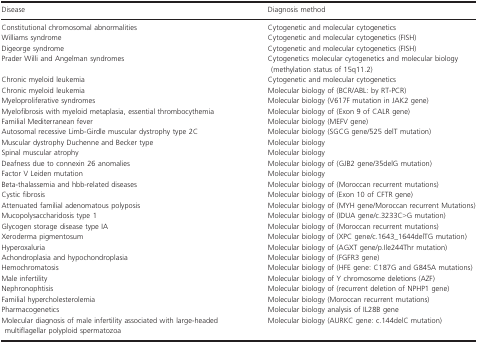
<table><thead><tr><td><b>Disease</b></td><td><b>Diagnosis method</b></td></tr></thead><tbody><tr><td>Constitutional chromosomal abnormalities</td><td>Cytogenetic and molecular cytogenetics</td></tr><tr><td>Williams syndrome</td><td>Cytogenetic and molecular cytogenetics (FISH)</td></tr><tr><td>Digeorge syndrome</td><td>Cytogenetic and molecular cytogenetics (FISH)</td></tr><tr><td>Prader Willi and Angelman syndromes</td><td>Cytogenetics molecular cytogenetics and molecular biology (methylation status of 15q11.2)</td></tr><tr><td>Chronic myeloid leukemia</td><td>Cytogenetic and molecular cytogenetics</td></tr><tr><td>Chronic myeloid leukemia</td><td>Molecular biology of (BCR/ABL: by RT‐PCR)</td></tr><tr><td>Myeloproliferative syndromes</td><td>Molecular biology (V617F mutation in JAK2 gene)</td></tr><tr><td>Myelofibrosis with myeloid metaplasia, essential thrombocythemia</td><td>Molecular biology of (Exon 9 of CALR gene)</td></tr><tr><td>Familial Mediterranean fever</td><td>Molecular biology (MEFV gene)</td></tr><tr><td>Autosomal recessive Limb‐Girdle muscular dystrophy type 2C</td><td>Molecular biology (SGCG gene/525 delT mutation)</td></tr><tr><td>Muscular dystrophy Duchenne and Becker type</td><td>Molecular biology</td></tr><tr><td>Spinal muscular atrophy</td><td>Molecular biology</td></tr><tr><td>Deafness due to connexin 26 anomalies</td><td>Molecular biology of (GJB2 gene/35delG mutation)</td></tr><tr><td>Factor V Leiden mutation</td><td>Molecular biology</td></tr><tr><td>Beta‐thalassemia and hbb‐related diseases</td><td>Molecular biology of (Moroccan recurrent mutations)</td></tr><tr><td>Cystic fibrosis</td><td>Molecular biology of (Exon 10 of CFTR gene)</td></tr><tr><td>Attenuated familial adenomatous polyposis</td><td>Molecular biology of (MYH gene/Moroccan recurrent Mutations)</td></tr><tr><td>Mucopolysaccharidosis type 1</td><td>Molecular biology of (IDUA gene/c.3233C&gt;G mutation)</td></tr><tr><td>Glycogen storage disease type IA</td><td>Molecular biology of (Moroccan recurrent mutations)</td></tr><tr><td>Xeroderma pigmentosum</td><td>Molecular biology of (XPC gene/c.1643_1644delTG mutation)</td></tr><tr><td>Hyperoxaluria</td><td>Molecular biology of (AGXT gene/p.Ile244Thr mutation)</td></tr><tr><td>Achondroplasia and hypochondroplasia</td><td>Molecular biology of (FGFR3 gene)</td></tr><tr><td>Hemochromatosis</td><td>Molecular biology of (HFE gene: C187G and G845A mutations)</td></tr><tr><td>Male infertility</td><td>Molecular biology of Y chromosome deletions (AZF)</td></tr><tr><td>Nephronophtisis</td><td>Molecular biology of (recurrent deletion of NPHP1 gene)</td></tr><tr><td>Familial hypercholesterolemia</td><td>Molecular biology (Moroccan recurrent mutations)</td></tr><tr><td>Pharmacogenetics</td><td>Molecular biology analysis of IL28B gene</td></tr><tr><td>Molecular diagnosis of male infertility associated with large‐headed multiflagellar polyploid spermatozoa</td><td>Molecular biology (AURKC gene: c.144delC mutation)</td></tr></tbody></table>